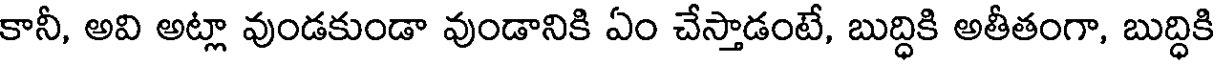
కానీ, అవి అట్లా వుండకుండా వుండానికి ఏం చేస్తాడంటే, బుద్ధికి అతీతంగా, బుద్ధికి